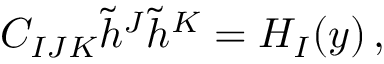
C _ { I J K } \tilde { h } ^ { J } \tilde { h } ^ { K } = H _ { I } ( y ) \, ,